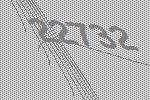
22732